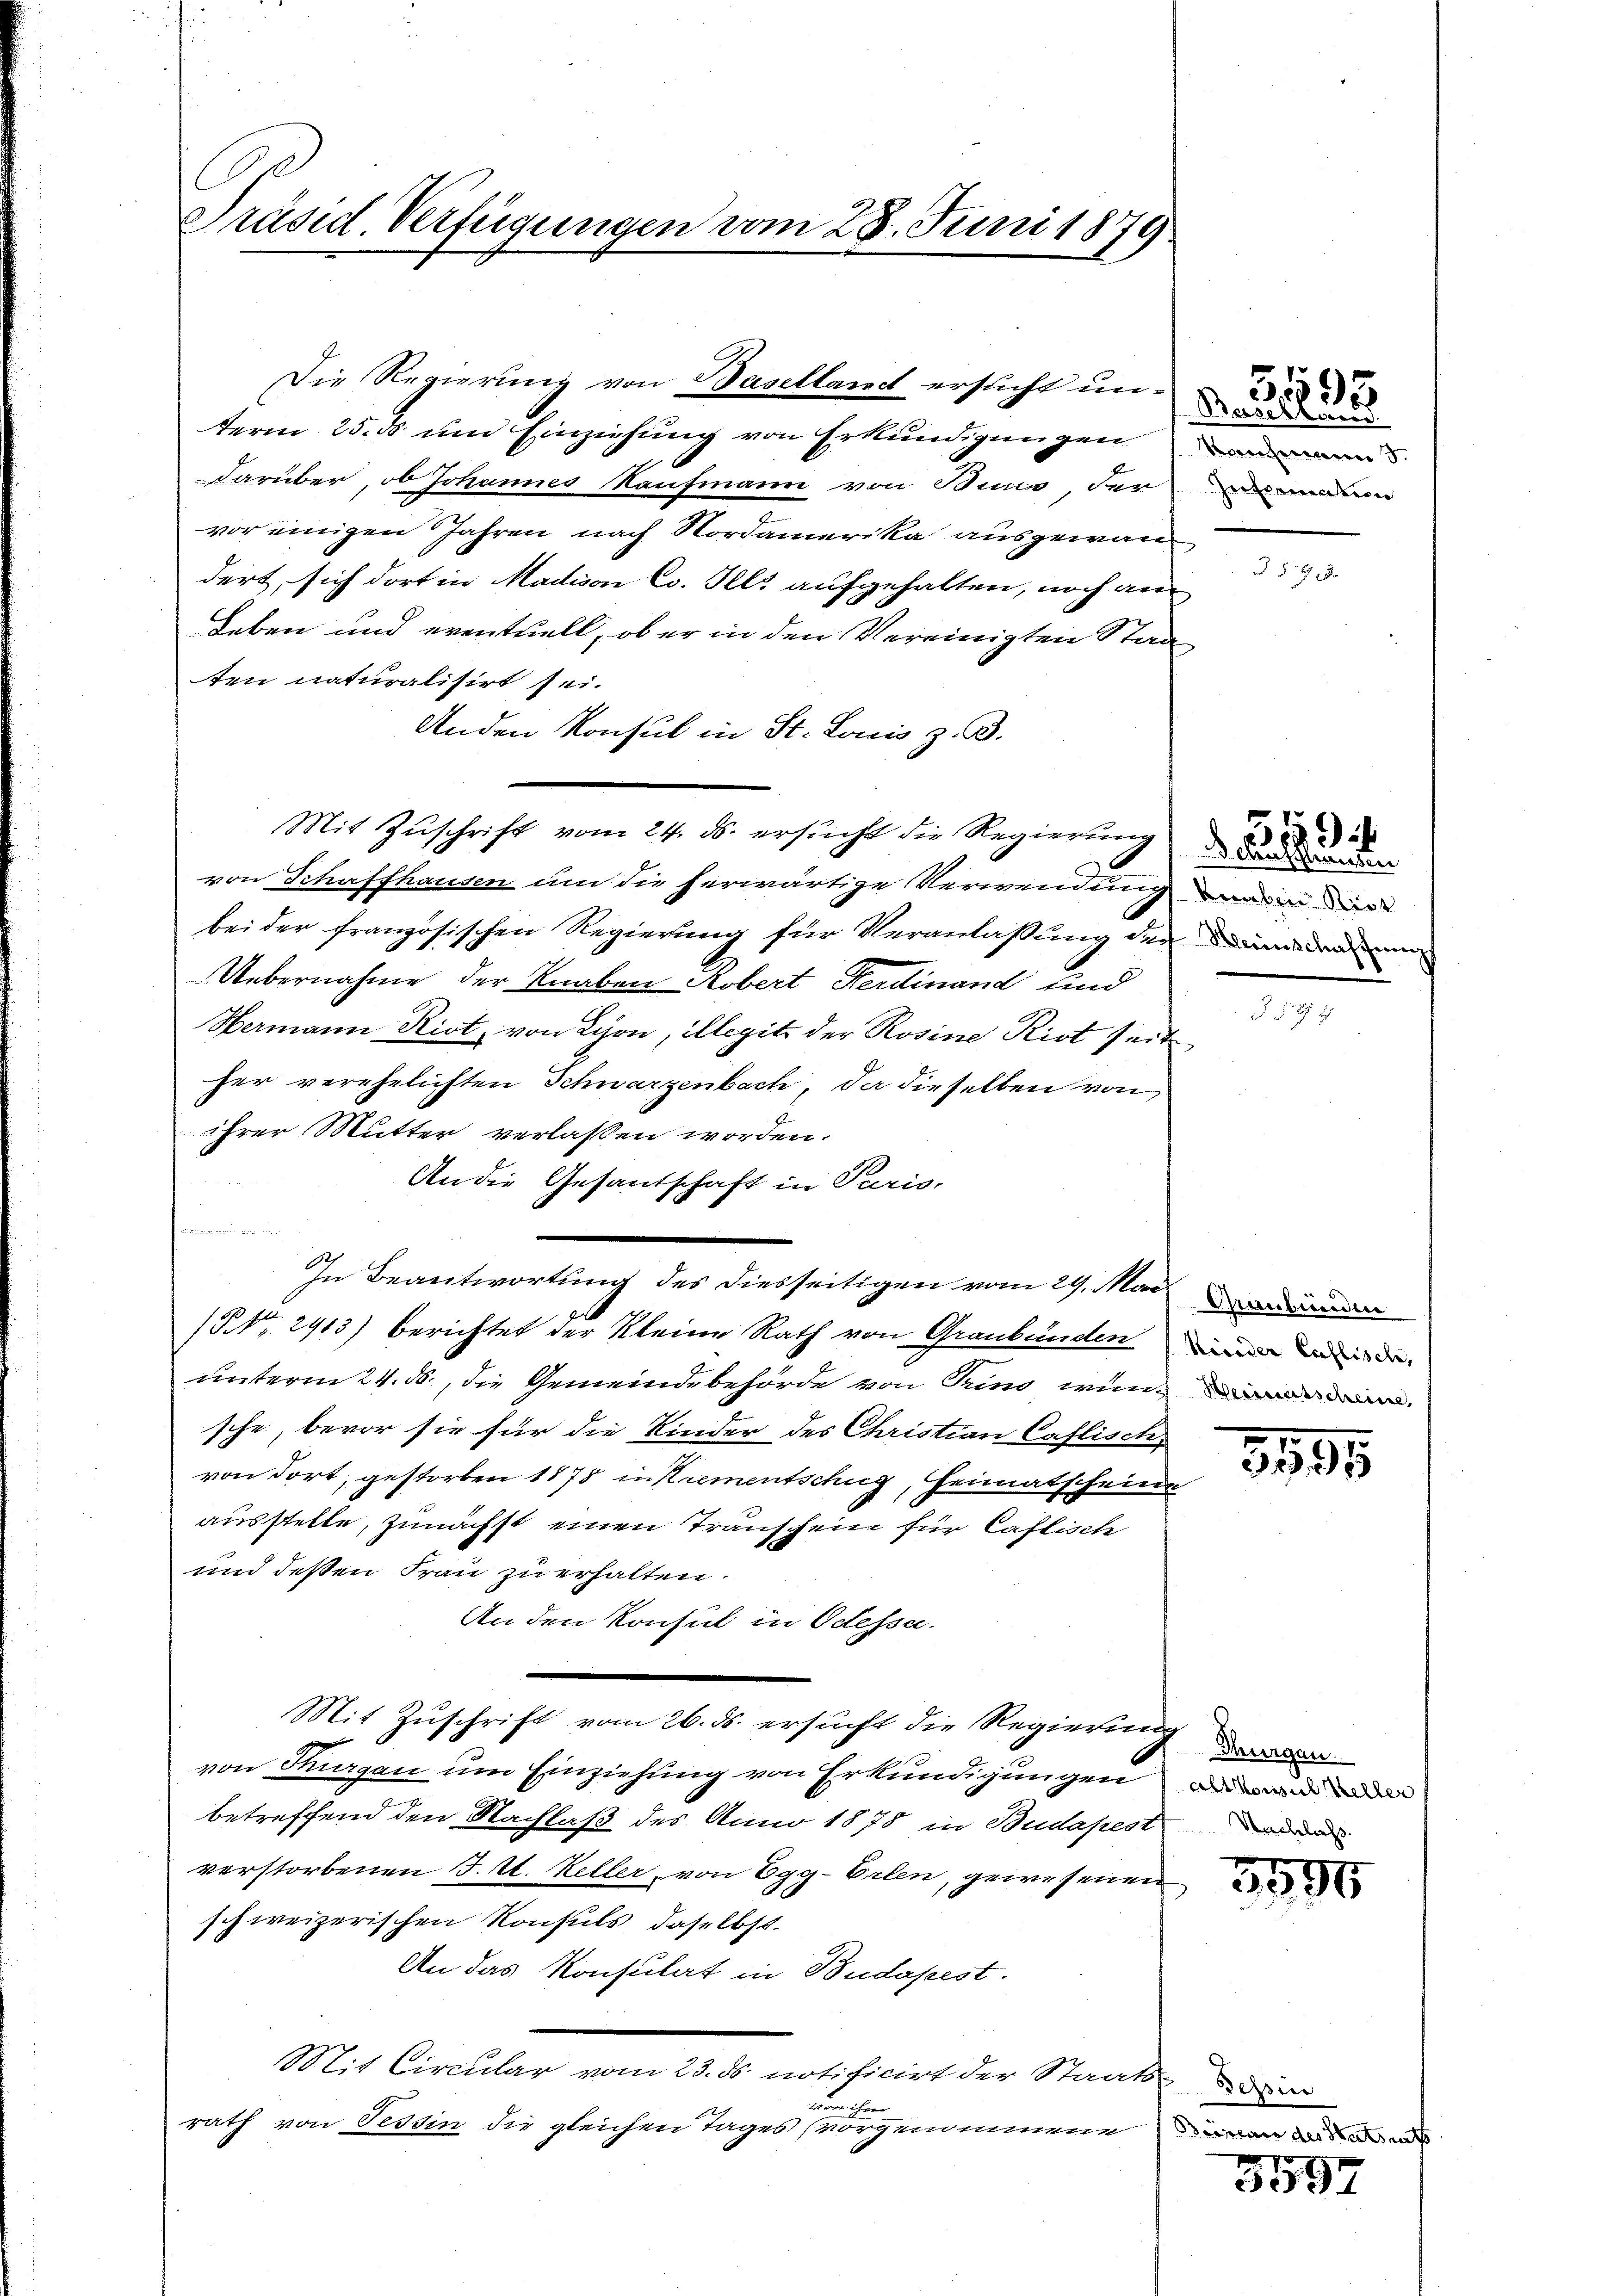
Präsid. Verfügungen vom 28. Juni 1879

term 25. ds um Einziehung von Erkundigungen
darüber, ob Johannes Kaufmann von Buns der
vor einigen Jahren nach Nordamerika ausgewan
dert, sich dort in Madison Co. Ills aufgehalten, noch an
Leben und eventuell, ob er in den Vereinigten Stad
ten naturalisirt sei.
Anden Konsul in St. Louis z. B.
Mit Zuschrift vom 24. ds. ersucht die Regierung
von Schaffhausen um die herwärtige Verwendung
bei der französischen Regierung für Veranlaßung der
Uebernahme der Knaben Robert Ferdinand und
Hermann Riot, von Schon, illegitz der Rosine Rist seit
her verehelichten Schwarzenbach, da dieselben von
ihrer Mutter verlassen worden.
An die Gesandschaft in Paris,

e
(Nr. 2913) berichtet der Kleine Rath von Graubünden ein ande
unterm 24. ds., die Gemeindebehörde von Sind wen
sche, bevor sie für die Kinder des Christian Caflisch
von dort, gestorben 1875 in Krementschig, Heimatscheine
ausstelle, zunächst einen Transchein für Caflisch
und deßen Frau zu erhalten.
An den Konsul in Odessa.
Mit Zŭschrift vom 26. ds. ersŭcht die Regierŭng
von Thurgau um Einziehung von Erkundigungen und de
betreffend den Nachlaß des Anno 1878 in Budapest
verstorbenen J. U. Keller, von Egg-Orlen, gewesenen
schweizerischen Konsuls, daselbst.
An das Konsulat in Budapest.
Mit Circular vom 23. ds. notificirt der Staatsdie
von ihren
rath von Tessin die gleichen Tages vorgenommene

In Beantwortung des diesseitigen vom 29. Mai

Die Regierung von Baselland ersucht un¬

Pasestand
Kaufmann 9.
Intimation

51595

Schaffhausen
knaben Riet
Heinschaffung

550

3195

Nachlaß.

3590

3597